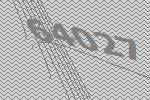
64027